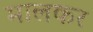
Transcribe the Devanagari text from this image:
मालकर